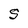
Character: S